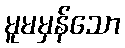
မူမမှန်သော